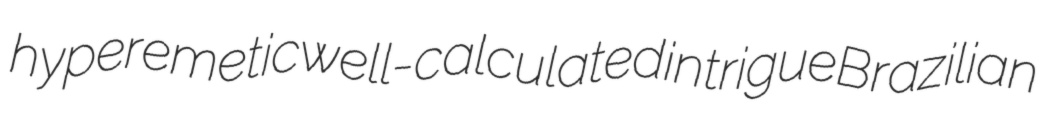
hyperemetic well-calculated intrigue Brazilian